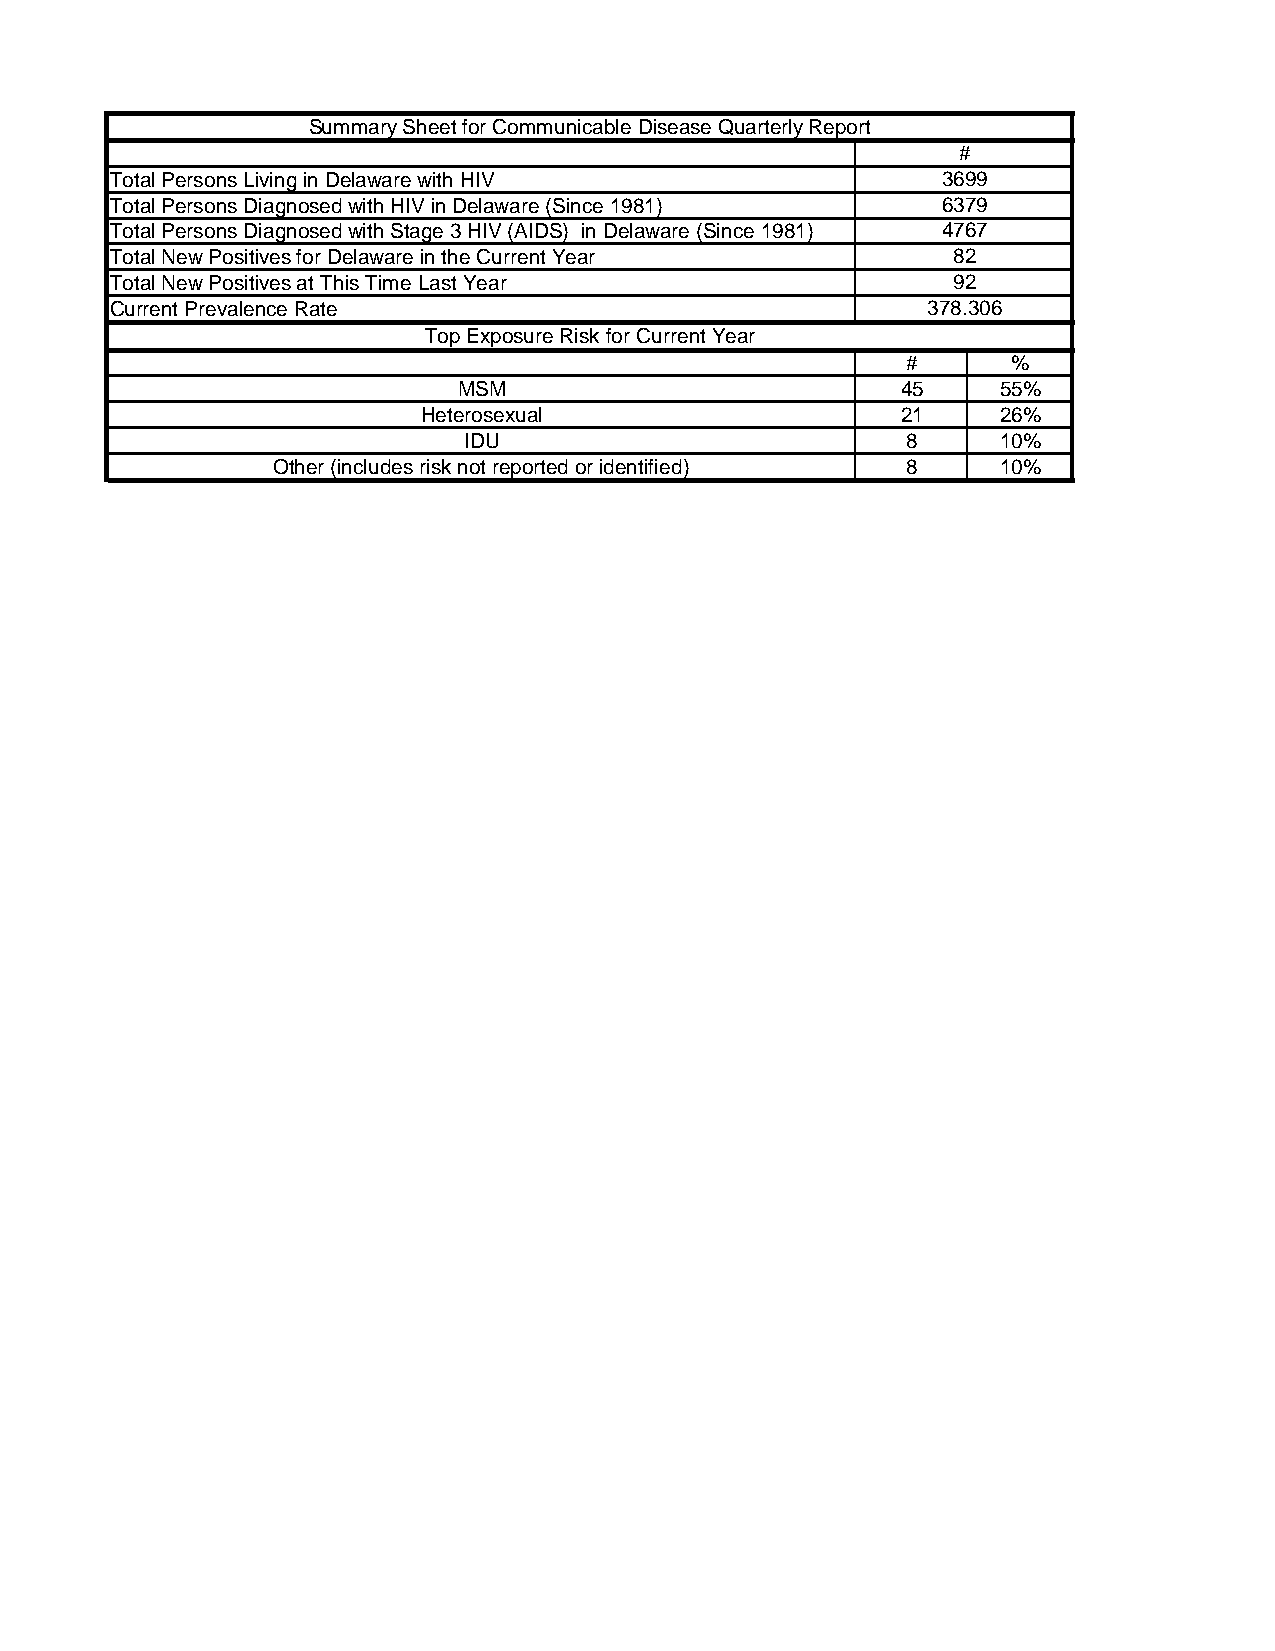
Summary Sheet for Communicable Disease Quarterly Report
 #
 Total Persons Living in Delaware with HIV              3699
 Total Persons Diagnosed with HIV in Delaware (Since 1981) 6379
 Total Persons Diagnosed with Stage 3 HIV (AIDS) in Delaware (Since 1981) 4767
 Total New Positives for Delaware in the Current Year    82
 Total New Positives at This Time Last Year              92
 Current Prevalence Rate                               378.306
 Top Exposure Risk for Current Year
 #      %
 MSM                           45    55%
 Heterosexual                    21    26%
 IDU                          8     10%
 Other (includes risk not reported or identified) 8 10%